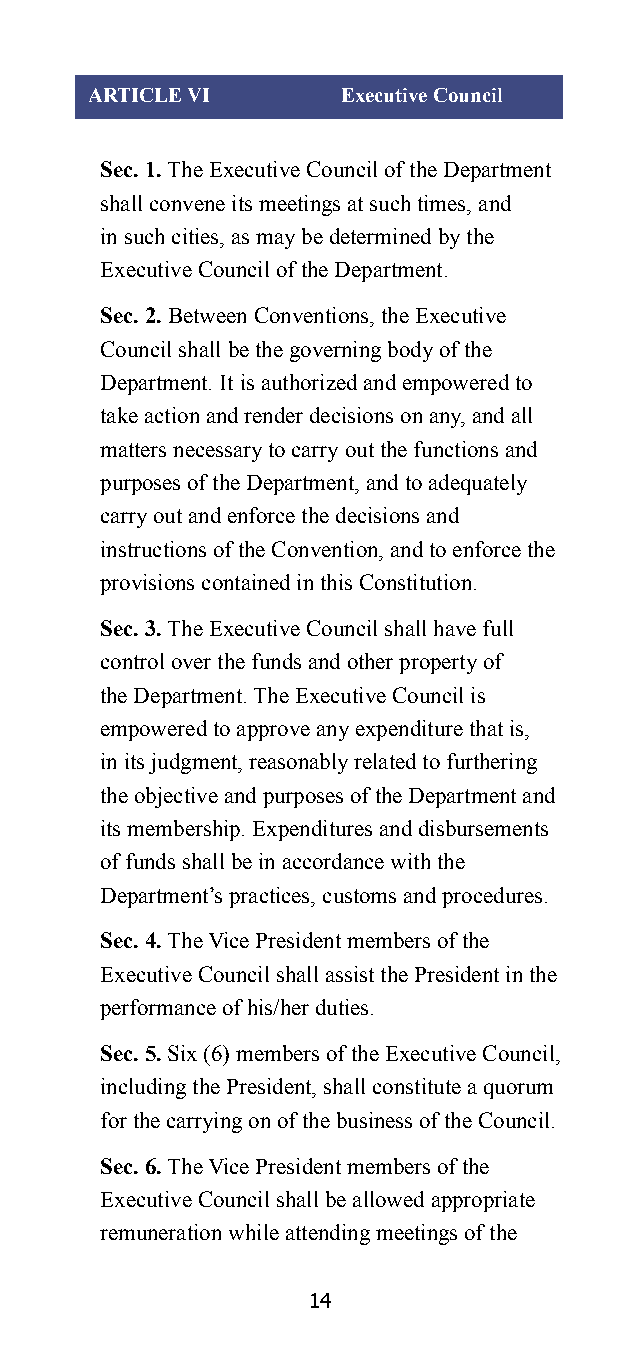
ARTICLE VI       Executive Council
 Sec. 1. The Executive Council of the Department
 shall convene its meetings at such times, and
 in such cities, as may be determined by the
 Executive Council of the Department.
 Sec. 2. Between Conventions, the Executive
 Council shall be the governing body of the
 Department. It is authorized and empowered to
 take action and render decisions on any, and all
 matters necessary to carry out the functions and
 purposes of the Department, and to adequately
 carry out and enforce the decisions and
 instructions of the Convention, and to enforce the
 provisions contained in this Constitution.
 Sec. 3. The Executive Council shall have full
 control over the funds and other property of
 the Department. The Executive Council is
 empowered to approve any expenditure that is,
 in its judgment, reasonably related to furthering
 the objective and purposes of the Department and
 its membership. Expenditures and disbursements
 of funds shall be in accordance with the
 Department’s practices, customs and procedures.
 Sec. 4. The Vice President members of the
 Executive Council shall assist the President in the
 performance of his/her duties.
 Sec. 5. Six (6) members of the Executive Council,
 including the President, shall constitute a quorum
 for the carrying on of the business of the Council.
 Sec. 6. The Vice President members of the
 Executive Council shall be allowed appropriate
 remuneration while attending meetings of the
 14